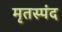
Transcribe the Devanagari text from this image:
मृतस्पंद